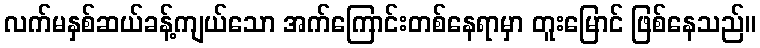
လက်မနှစ်ဆယ်ခန့်ကျယ်သော အက်ကြောင်းတစ်နေရာမှာ တူးမြောင် ဖြစ်နေသည်။